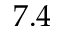
7 . 4